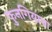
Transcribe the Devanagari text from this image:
फुनगियाना